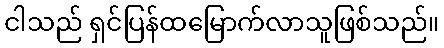
ငါသည် ရှင်ပြန်ထမြောက်လာသူဖြစ်သည်။